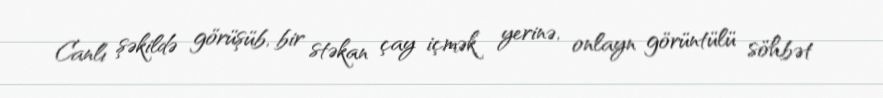
Canlı şəkildə görüşüb, bir stəkan çay içmək yerinə, onlayn görüntülü söhbət